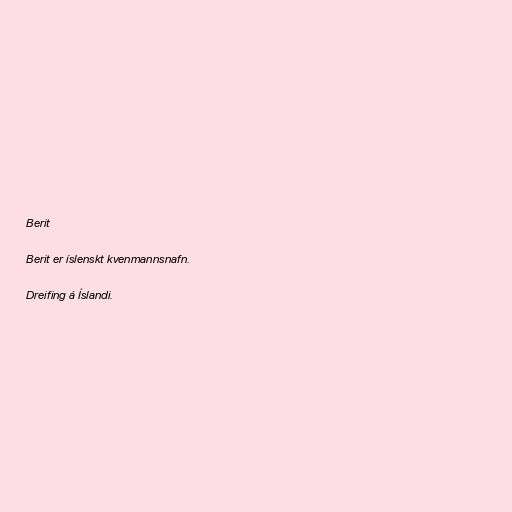
Berit

Berit er íslenskt kvenmannsnafn.

Dreifing á Íslandi.